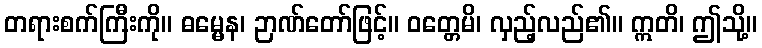
တရားစက်ကြီးကို။ ဓမ္မေန၊ ဉာဏ်တော်ဖြင့်။ ဝတ္တေမိ၊ လှည့်လည်၏။ ဣတိ၊ ဤသို့။